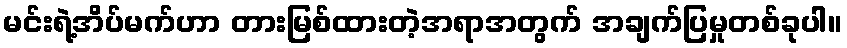
မင်းရဲ့အိပ်မက်ဟာ တားမြစ်ထားတဲ့အရာအတွက် အချက်ပြမှုတစ်ခုပါ။